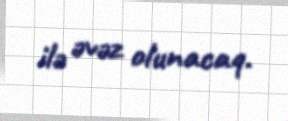
ilə əvəz olunacaq.